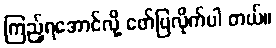
ကြည့်ရအောင်လို့ ဖော်ပြလိုက်ပါ တယ်။